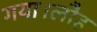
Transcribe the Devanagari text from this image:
गया।लौह